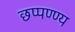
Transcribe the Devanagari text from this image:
छप्पण्ण्य